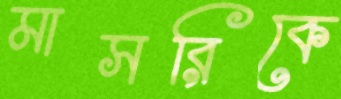
মাসরিকে